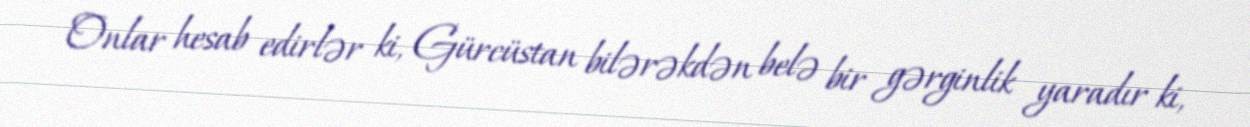
Onlar hesab edirlər ki, Gürcüstan bilərəkdən belə bir gərginlik yaradır ki,